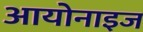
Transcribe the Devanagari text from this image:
आयोनाइज